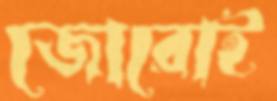
জোরোই